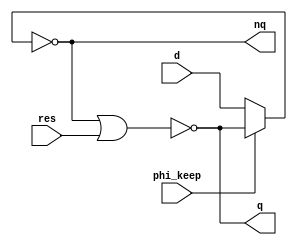
module sdffr (d, res, phi_keep, q, nq);

	input d;				// Input value for write
	input res;				// 1: Reset
	input phi_keep; 		// 1: Keep the current value, 0: You can write, the old value is "cut off"
	output q;				// Current value
	output nq;				// Current value (complement)

`ifdef ICARUS

	reg val;

	always @(*) begin
		if (!phi_keep)
			val <= d;
		if (res)
			val <= 1'b0;
	end

	assign q = val;
	assign nq = ~val;

	initial val <= 1'b0;

`else

	(* keep = "true" *) wire muxout;
	assign muxout = phi_keep ? oldval : d;

	(* keep = "true" *) wire n_oldval;
	assign n_oldval = ~muxout;

	(* keep = "true" *) wire oldval;
	nor (oldval, n_oldval, res);

	assign q = oldval;
	assign nq = n_oldval;

`endif

endmodule